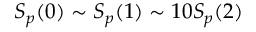
S _ { p } ( 0 ) \sim S _ { p } ( 1 ) \sim 1 0 S _ { p } ( 2 )